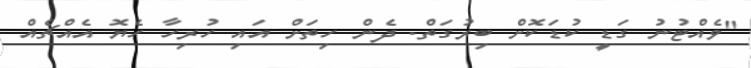
"ވެއްޓުނު ގަޑީ ކުޑަކޮށް ބިރުގަތް. ދެން ހިތަށް އައި ހުރިހާ ހެޔޮ އެއްޗެއް